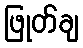
ဖြုတ်ချ